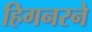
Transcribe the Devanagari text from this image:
हिगनरने